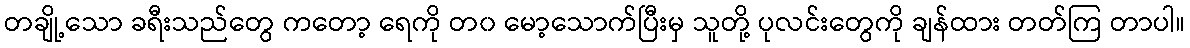
တချို့သော ခရီးသည်တွေ ကတော့ ရေကို တ၀ မော့သောက်ပြီးမှ သူတို့ ပုလင်းတွေကို ချန်ထား တတ်ကြ တာပါ။